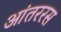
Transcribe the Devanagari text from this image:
आंतररस